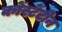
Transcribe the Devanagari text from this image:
कोंस्टेंटीन